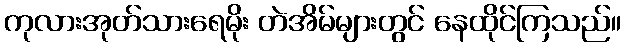
ကုလားအုတ်သားရေမိုး တဲအိမ်များတွင် နေထိုင်ကြသည်။